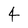
Character: 4